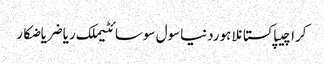
کراچیپاکستانلاہوردنیاسول سوسائٹیملک ریاضریاضکار